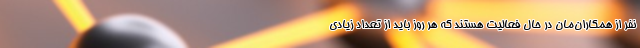
نفر از همکاران‌مان در حال فعالیت هستند که هر روز باید از تعداد زیادی